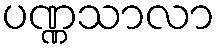
ပဏ္ဏသာလာ